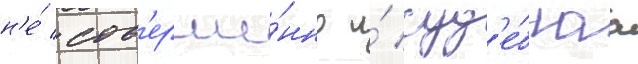
н'е́ сов'ерше́нно и́ суд'е́бнаа